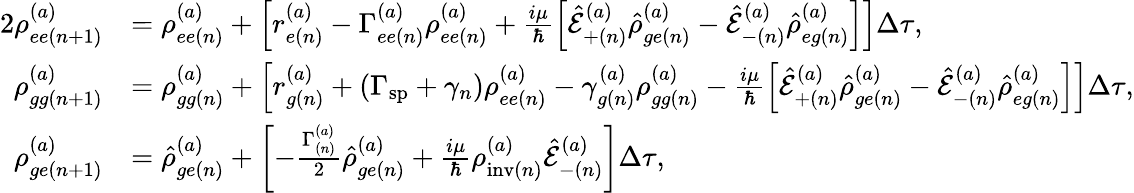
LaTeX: \begin{array}{rl}{{2}\rho_{ee(n+1)}^{(a)}}&{=\rho_{ee(n)}^{(a)}+\left[r_{e(n)}^{(a)}-\Gamma_{ee(n)}^{(a)}\rho_{ee(n)}^{(a)}+\frac{i\mu}{\hbar}\left[\hat{\mathcal{E}}_{+(n)}^{(a)}\hat{\rho}_{ge(n)}^{(a)}-\hat{\mathcal{E}}_{-(n)}^{(a)}\hat{\rho}_{eg(n)}^{(a)}\right]\right]\Delta\tau,}\\ {\rho_{gg(n+1)}^{(a)}}&{=\rho_{gg(n)}^{(a)}+\left[r_{g(n)}^{(a)}+\left(\Gamma_{\mathrm{sp}}+\gamma_{n}\right)\rho_{ee(n)}^{(a)}-\gamma_{g(n)}^{(a)}\rho_{gg(n)}^{(a)}-\frac{i\mu}{\hbar}\left[\hat{\mathcal{E}}_{+(n)}^{(a)}\hat{\rho}_{ge(n)}^{(a)}-\hat{\mathcal{E}}_{-(n)}^{(a)}\hat{\rho}_{eg(n)}^{(a)}\right]\right]\Delta\tau,}\\ {{\rho}_{ge(n+1)}^{(a)}}&{=\hat{\rho}_{ge(n)}^{(a)}+\left[-\frac{\Gamma_{(n)}^{(a)}}{2}\hat{\rho}_{ge(n)}^{(a)}+\frac{i\mu}{\hbar}\rho_{\mathrm{inv}(n)}^{(a)}\hat{\mathcal{E}}_{-(n)}^{(a)}\right]\Delta\tau,}\end{array}